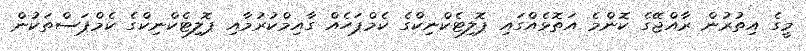
މީގެ އިތުރުން ރާއްޖޭގެ ކޮންމެ އަތޮޅެއްގައި ޕޮލިޓެކްނިކްގެ ކެމްޕަހެއް ގާއިމްކުރުމާއި ޕޮލިޓެކްނިކްގެ ކެމްޕަސްތަކުން